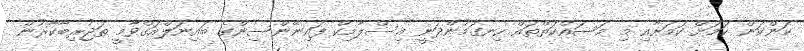
ކަންކަން ކަމަށް ކަމަށާއި މި މަސައްކަތްތައް ހިނގަމުންދަނީ އިސްލާމިކް ފައިނޭންސިންގެ ބައިނަލްއަގްވާމީ ތަޖުރިބާކާރުން